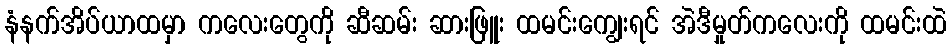
နံနက်အိပ်ယာထမှာ ကလေးတွေကို ဆီဆမ်း ဆားဖြူး ထမင်းကျွေးရင် အဲဒီမှုတ်ကလေးကို ထမင်းထဲ